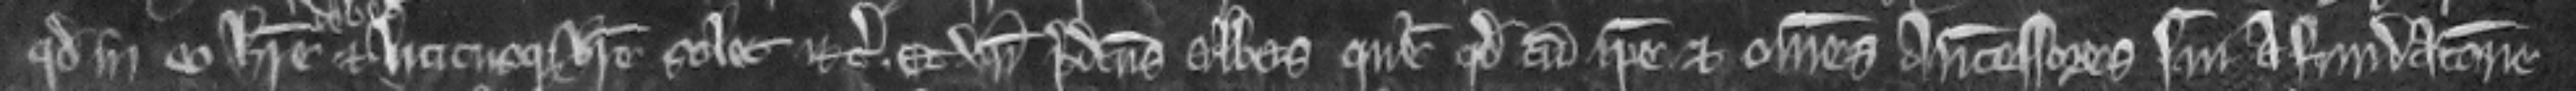
quod in eo habere et hucusque habere solet etc. Et unde predictus Abbas queritur quod cum ipse et omnes antecessores sui a fundacione